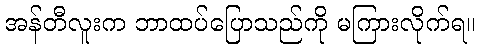
အန်တီလူးက ဘာထပ်ပြောသည်ကို မကြားလိုက်ရ။